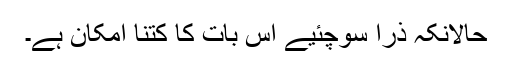
حالانکہ ذرا سوچئیے اس بات کا کتنا امکان ہے۔